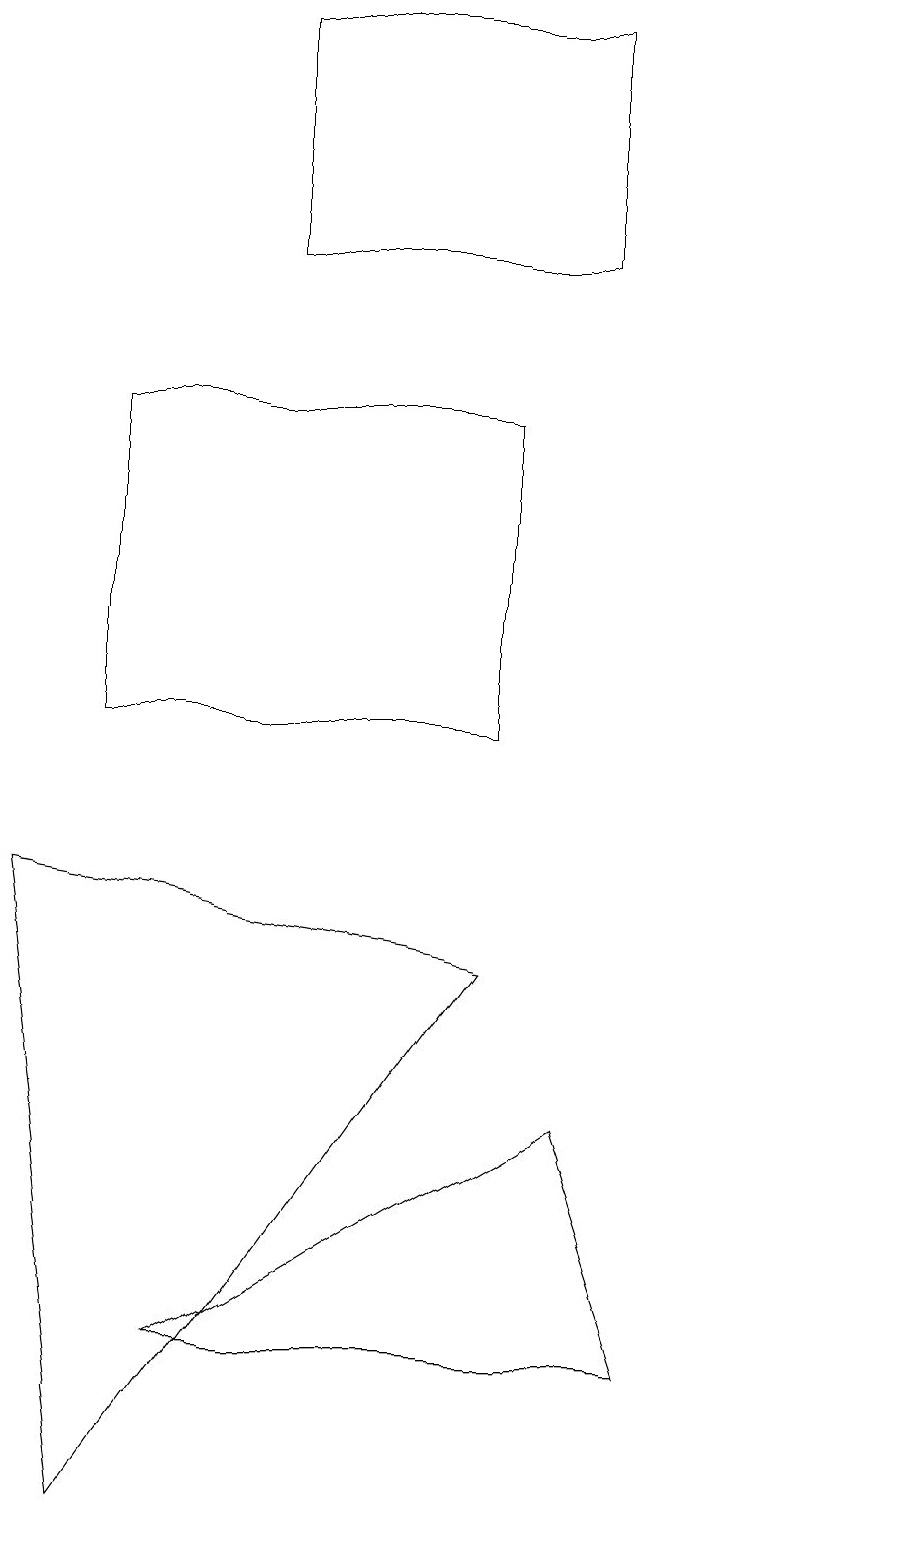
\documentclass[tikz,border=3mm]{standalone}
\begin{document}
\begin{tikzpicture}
\draw (4,16) rectangle (8,19);
\draw (2,14) rectangle (7,10);
\draw (12,10) circle (0);
\draw (3,2) -- (8,5) -- (9,2) -- cycle;
\draw (7,7) -- (2,0) -- (1,8) -- cycle;
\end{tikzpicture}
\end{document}